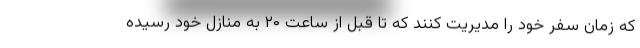
که زمان سفر خود را مدیریت کنند که تا قبل از ساعت ۲۰ به منازل خود رسیده